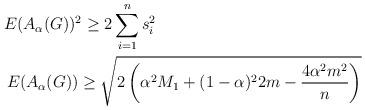
LaTeX: \begin{align*}& E(A_\alpha(G))^2\geq 2 \sum_{i=1}^n s_i^2\\& \, E(A_\alpha(G))\geq \sqrt{2\left(\alpha^2 M_1+(1-\alpha)^2 2m-\frac{4\alpha^2 m^2}{n} \right)} \end{align*}